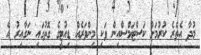
މުދާ އެތެރެ ކުރުމަށް ކަސްޓަމްސްއިން ވަކި މިންވަރެއް ޑިއުޓީގެ ގޮތުގައި ނަގާއިރު އެ